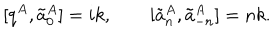
[ q ^ { A } , \tilde { a } _ { 0 } ^ { A } ] = i k , \qquad [ \tilde { a } _ { n } ^ { A } , \tilde { a } _ { - n } ^ { A } ] = n k .